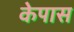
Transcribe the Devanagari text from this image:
केपास